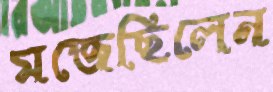
মজেছিলেন